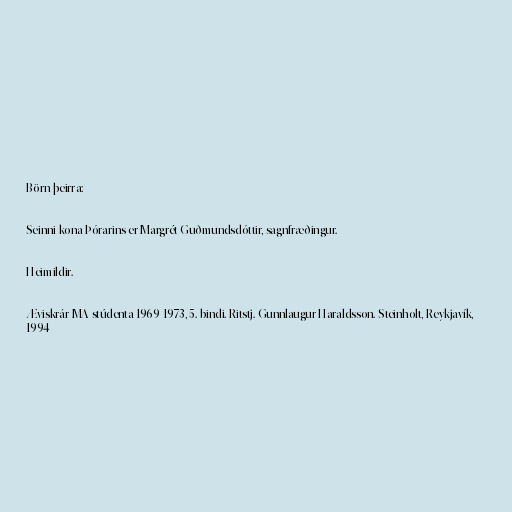
Börn þeirra:

Seinni kona Þórarins er Margrét Guðmundsdóttir, sagnfræðingur.

Heimildir.

Æviskrár MA-stúdenta 1969-1973, 5. bindi. Ritstj. Gunnlaugur Haraldsson. Steinholt, Reykjavík,
1994